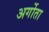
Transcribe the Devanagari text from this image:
अर्गोता